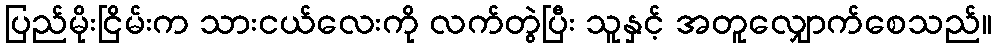
ပြည်မိုးငြိမ်းက သားငယ်လေးကို လက်တွဲပြီး သူနှင့် အတူလျှောက်စေသည်။